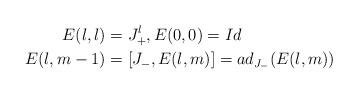
LaTeX: \begin{align*}E(l,l) & =J_{+}^{l},E(0,0)=Id\\E(l,m-1) & =[J_{-},E(l,m)]=ad_{J_{-}}(E(l,m))\end{align*}